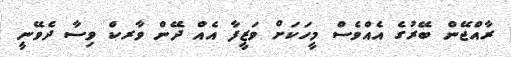
ރާއްޖޭން ބޭރުގެ އެއްވެސް މީހަކަށް ވަޒީފާ އެއް ދޭން ވާރކް ވިސާ ދެވޭނީ